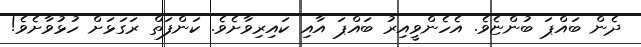
ދެން ބައްޕަ ބުންޏެވެ. އެހެންވީއިރު ބައްޕަ އާއި ކައިރިވާށެވެ. ކަންފަތް ރަގަޅަށް ހުޅުވާށެވެ!